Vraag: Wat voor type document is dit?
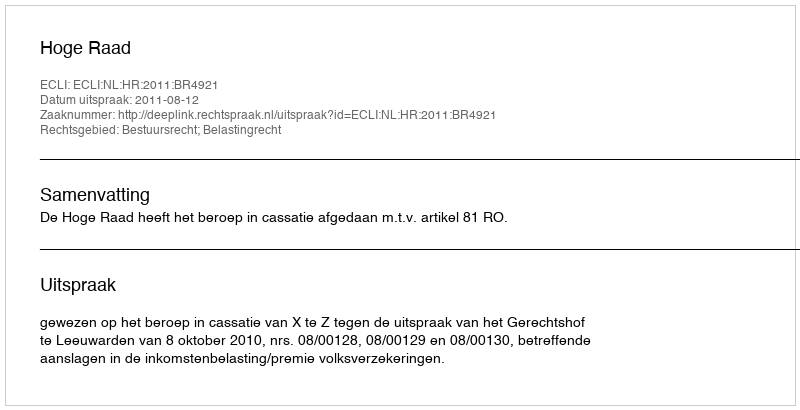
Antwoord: Uitspraak